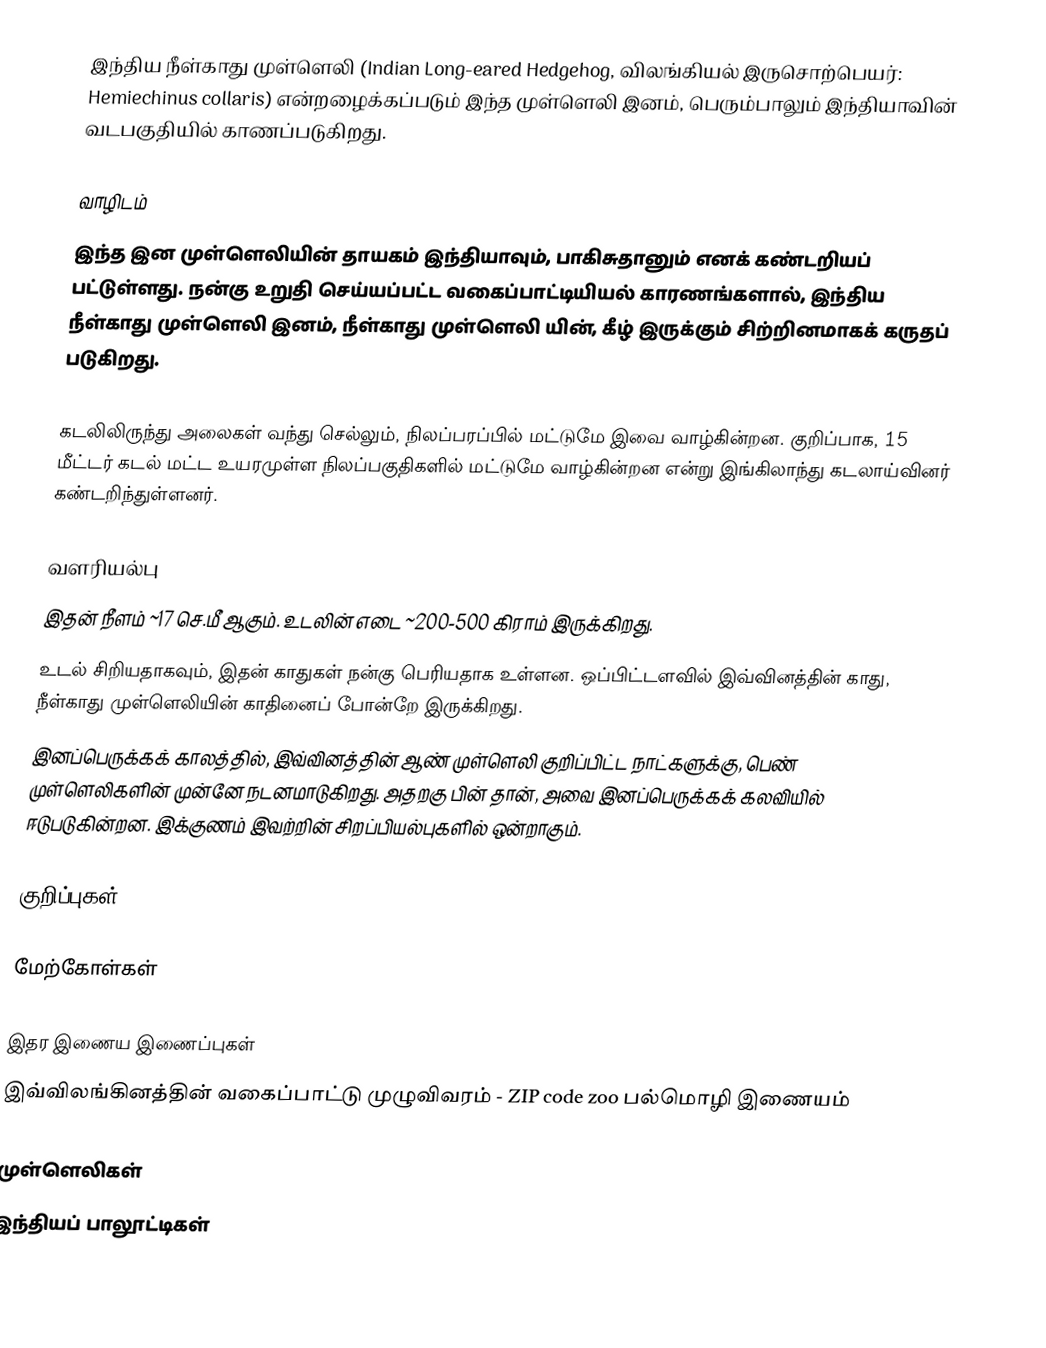
இந்திய நீள்காது முள்ளெலி (Indian Long-eared Hedgehog, விலங்கியல் இருசொற்பெயர்: Hemiechinus collaris) என்றழைக்கப்படும் இந்த முள்ளெலி இனம், பெரும்பாலும் இந்தியாவின் வடபகுதியில் காணப்படுகிறது.

வாழிடம்
இந்த இன முள்ளெலியின் தாயகம் இந்தியாவும், பாகிசுதானும் எனக் கண்டறியப் பட்டுள்ளது. நன்கு உறுதி செய்யப்பட்ட வகைப்பாட்டியியல் காரணங்களால்,  இந்திய நீள்காது முள்ளெலி இனம்,  நீள்காது முள்ளெலி யின், கீழ் இருக்கும் சிற்றினமாகக் கருதப் படுகிறது.

கடலிலிருந்து அலைகள் வந்து செல்லும், நிலப்பரப்பில் மட்டுமே இவை வாழ்கின்றன. குறிப்பாக, 15 மீட்டர் கடல் மட்ட உயரமுள்ள நிலப்பகுதிகளில் மட்டுமே வாழ்கின்றன என்று இங்கிலாந்து கடலாய்வினர் கண்டறிந்துள்ளனர்.

வளரியல்பு
இதன் நீளம் ~17 செ.மீ ஆகும். உடலின் எடை ~200-500 கிராம் இருக்கிறது.
உடல் சிறியதாகவும், இதன் காதுகள் நன்கு பெரியதாக உள்ளன. ஒப்பிட்டளவில் இவ்வினத்தின் காது, நீள்காது முள்ளெலியின் காதினைப் போன்றே இருக்கிறது.
இனப்பெருக்கக் காலத்தில், இவ்வினத்தின் ஆண் முள்ளெலி குறிப்பிட்ட நாட்களுக்கு, பெண் முள்ளெலிகளின் முன்னே நடனமாடுகிறது. அதறகு பின் தான், அவை இனப்பெருக்கக் கலவியில் ஈடுபடுகின்றன. இக்குணம் இவற்றின் சிறப்பியல்புகளில் ஒன்றாகும்.

குறிப்புகள்

மேற்கோள்கள்

இதர இணைய இணைப்புகள்
இவ்விலங்கினத்தின் வகைப்பாட்டு முழுவிவரம் - ZIP code zoo பல்மொழி இணையம்

முள்ளெலிகள்
இந்தியப் பாலூட்டிகள்